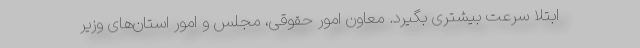
ابتلا سرعت بیشتری بگیرد. معاون امور حقوقی، مجلس و امور استان‌های وزیر